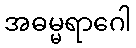
အဓမ္မရာဂေါ